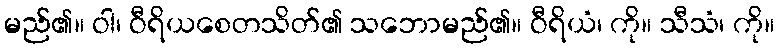
မည်၏။ ဝါ၊ ဝီရိယစေတသိတ်၏ သဘောမည်၏။ ဝီရိယံ၊ ကို။ သီသံ၊ ကို။